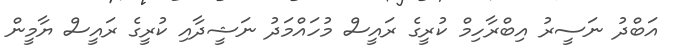
އަބްދު ނަސީރު އިބްރާހިމް ކުރީގެ ރައީސް މުހައްމަދު ނަޝީދާއި ކުރީގެ ރައީސް ޔާމީން